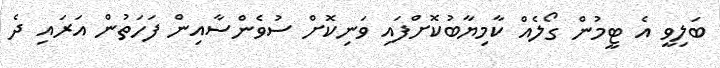
ބަލިވީ އެ ޓީމުން ގޯލެއް ކާމިޔާބުކޮށްފައި ވަނިކޮށް ސުވެންސާއިން ފަހަތުން އަރައި ދެ